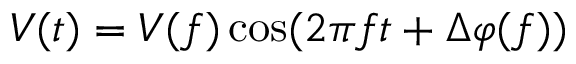
V ( t ) = V ( f ) \cos ( 2 \pi f t + \Delta \varphi ( f ) )